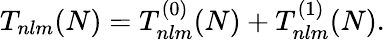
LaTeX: T_{nlm}(N)=T_{nlm}^{(0)}(N)+T_{nlm}^{(1)}(N).